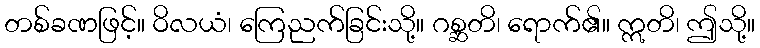
တစ်ခဏဖြင့်။ ဝိလယံ၊ ကြေညက်ခြင်းသို့။ ဂစ္ဆတိ၊ ရောက်၏။ ဣတိ၊ ဤသို့။